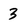
Character: 3